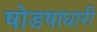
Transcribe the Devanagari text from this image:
षोडषाधारी